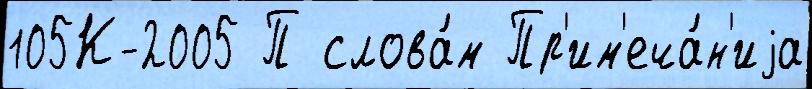
105К-2005 П слова́м Пр'им'еча́н'иjа